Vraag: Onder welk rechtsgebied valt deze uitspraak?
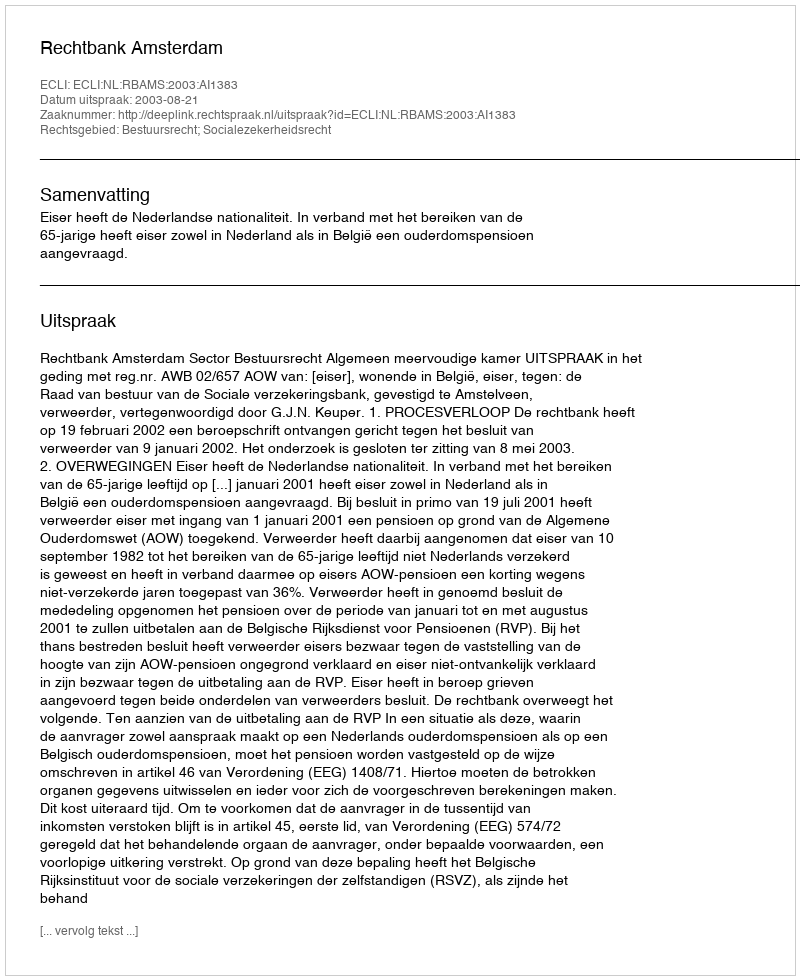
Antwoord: Bestuursrecht; Socialezekerheidsrecht